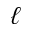
\ell